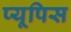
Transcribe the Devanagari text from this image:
प्यूपिस